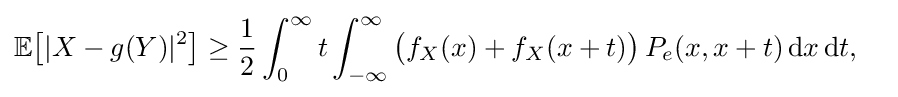
{\begin{aligned}&\mathbb {E} {\bigl [}|X-g(Y)|^{2}{\bigr ]}\geq {\frac {1}{2}}\int _{0}^{\infty }t\int _{-\infty }^{\infty }{\bigl (}f_{X}(x)+f_{X}(x+t){\bigr )}\,P_{e}(x,x+t)\,\mathrm {d} x\,\mathrm {d} t,\end{aligned}}